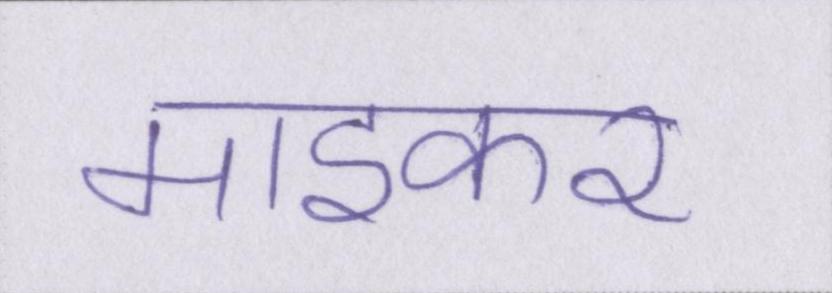
माइकर